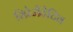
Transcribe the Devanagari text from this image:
रिप्रेजेंटेटिव